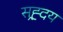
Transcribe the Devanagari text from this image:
सह्र्दय